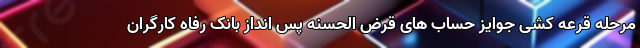
مرحله قرعه کشی جوایز حساب های قرض الحسنه پس انداز بانک رفاه کارگران